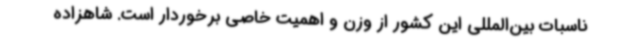
ناسبات بین‌المللی این کشور از وزن و اهمیت خاصی برخوردار است. شاهزاده